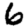
Digit: 6